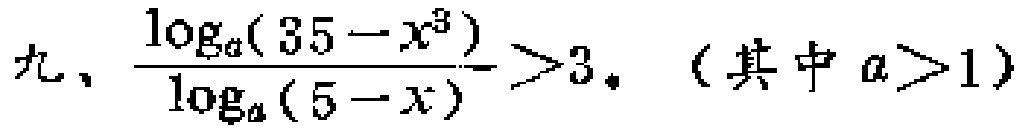
九、$\frac{\log_{a}(35 - x^{3})}{\log_{a}(5 - x)}>3$，（其中$a > 1$）